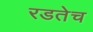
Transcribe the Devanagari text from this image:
रडतेच